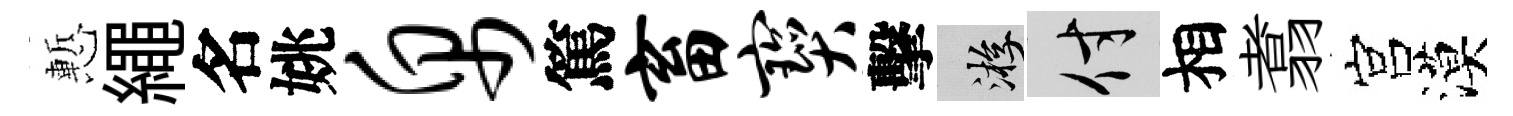
慙繩名姚帛篤畜宝擊游付相翥宫漠